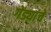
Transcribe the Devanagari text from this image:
गेंड्यांचे